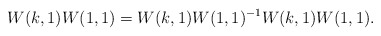
\begin{align*}W(k, 1) W(1, 1) = W(k, 1) W(1, 1)^{-1} W(k, 1) W(1, 1).\end{align*}